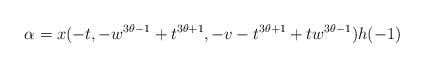
LaTeX: \begin{align*}\alpha= x(-t, -w^{3\theta-1 }+t^{3\theta+1},-v-t^{3\theta+1}+tw^{3\theta-1})h(-1)\end{align*}